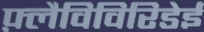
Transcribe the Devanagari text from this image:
फ़्लैविविरिडेई